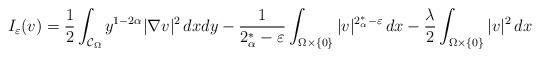
LaTeX: \begin{align*}I_\varepsilon(v) = \frac 12 \int_{\mathcal{C}_\Omega}y^{1-2\alpha}|\nabla v|^2\,dxdy -\frac 1{2^*_\alpha-\varepsilon}\int_{\Omega\times\{0\}} |v|^{2^*_\alpha-\varepsilon}\,dx -\frac \lambda 2\int_{\Omega\times\{0\}} |v|^{2}\,dx\end{align*}